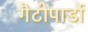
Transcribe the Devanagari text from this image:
गैटोपार्डो